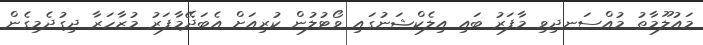
މައުލޫމާތު މުއްސަނދިވި މާފަރު ބައި އިލެކްޝަނުގައި ވޯޓުލުން ކުރިއަށް އެބަދޭމާފަރު މުޒާހަރާ ދިގުދެމިގެން